Medical and sanitary report of the native army of Madras for the year
Year: 1872
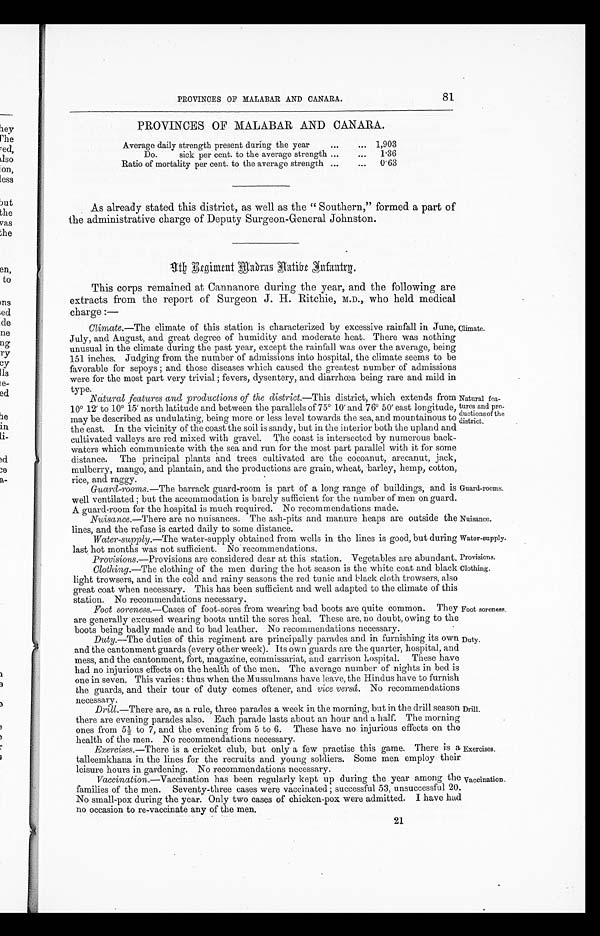
Climate.
Natural fea-
tures and pro
-
ductions of the
district.
Guard-rooms.
Nuisance.
Water-supply.
Provisions.
Clothing.
81
PROVINCES OF MALABAR AND CANARA.
PROVINCES OF MALABAR AND CANARA.
Average daily strength present during the year . . .
1,903
Do. sick per cent. to the average strength . . .
1.36
Ratio of mortality per cent. to the average strength . . .
0.63
As already stated this district, as well as the " Southern," formed a part of
the administrative charge of Deputy Surgeon-General Johnston.
9 t h R e g i m e n t M a d r a s N a t i v e I n f a n t r y .
This corps remained at Cannanore during the year, and the following are
extracts from the report of Surgeon J. H. Ritchie, M.D. , who held medical
charge :—
Climate.—The climate of this station is characterized by excessive rainfall in June,
July, and August, and great degree of humidity and moderate heat. There was nothing
unusual in the climate during the past year, except the rainfall was over the average, being
151 inches. Judging from the number of admissions into hospital, the climate seems to be
favorable for sepoys; and those diseases which caused the greatest number of admissions
were for the most part very trivial; fevers, dysentery, and diarrhœa being rare and mild in
type.
Natural features and productions of the district. —This district, which extends from
10° 12 to 10° 15 north latitude and between the parallels of 75° 10 and 76° 50 east longitude,
may be described as undulating, being more or less level towards the sea, and mountainous to
the east. In the vicinity of the coast the soil is sandy, but in the interior both the upland and
cultivated valleys are red mixed with gravel. The coast is intersected by numerous back
-
waters which communicate with the sea and run for the most part parallel with it for some
distance. The principal plants and trees cultivated are the cocoanut, arecanut, jack,
mulberry, mango, and plantain, and the productions are grain, wheat, barley, hemp, cotton,
r i c e , a nd r a ggy.
Guard-rooms.—The barrack guard-room is part of a long range of buildings, and is
well ventilated; but the accommodation is barely sufficient for the number of men on guard.
A guard-room for the hospital is much required. No recommendations made.
Nuisance .—There are no nuisances. The ash-pits and manure heaps are outside the
lines, and the refuse is carted daily to some distance.
Water-supply.—The water-supply obtained from wells in the lines is good, but during
last hot months was not sufficient. No recommendations.
Provisions.—Provisions are considered dear at this station. Vegetables are abundant.
Clothing .—The clothing of the men during the hot season is the white coat and black
light trowsers, and in the cold and rainy seasons the red tunic and black cloth trowsers, also
great coat when necessary. This has been sufficient and well adapted to the climate of this
station. No recommendations necessary.
Foot soreness .—Cases of foot-sores from wearing bad boots are quite common. They
are generally excused wearing boots until the sores heal. These are, no doubt, owing to the
boots being badly made and to bad leather. No recommendations necessary.
Foot soreness.
Duty.—The duties of this regiment are principally parades and in furnishing its own
and the cantonment guards (every other week). Its own guards are the quarter, hospital, and
mess, and the cantonment, fort, magazine, commissariat, and garrison hospital. These have
had no injurious effects on the health of the men. The average number of nights in bed is
one in seven. This varies: thus when the Mussulmans have leave, the Hindus have to furnish
the guards, and their tour of duty comes oftener, and vice versâ. No recommendations
necessary.
Drill.—There are, as a rule, three parades a week in the morning, but in the drill season
there are evening parades also. Each parade lasts about an hour and a half. The morning
ones from 5½ to 7, and the evening from 5 to 6. These have no injurious effects on the
health of the men. No recommendations necessary.
Exercises.—There is a cricket club, but only a few practise this game. There is a
talleemkhana in the lines for the recruits and young soldiers. Some men employ their
leisure hours in gardening. No recommendations necessary.
Vaccination .—Vaccination has been regularly kept up during the year among the
families of the men. Seventy-three cases were vaccinated; successful 53, unsuccessful 20.
No small-pox during the year. Only two cases of chicken-pox were admitted. I have had
no occasion to re-vaccinate any of the men.
Duty.
Drill.
Exercises.
Vaccination.
21